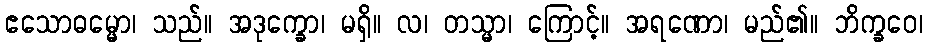
ဧသောဓမ္မော၊ သည်။ အဒုက္ခော၊ မရှိ။ လ၊ တသ္မာ၊ ကြောင့်။ အရဏော၊ မည်၏။ ဘိက္ခဝေ၊